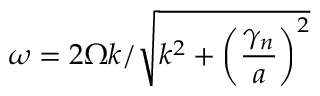
\omega = 2 \Omega k / \sqrt { k ^ { 2 } + \left( \frac { \gamma _ { n } } { a } \right) ^ { 2 } }